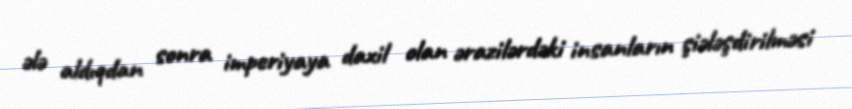
ələ aldıqdan sonra imperiyaya daxil olan ərazilərdəki insanların şiələşdirilməsi